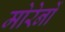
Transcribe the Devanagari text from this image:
मोरेनों